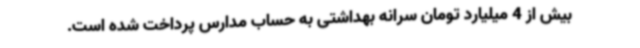
بیش از 4 میلیارد تومان سرانه بهداشتی به حساب مدارس پرداخت شده است.